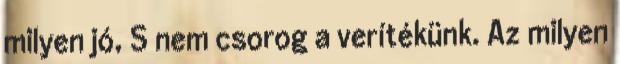
milyen jó, S nem csorog a verítékünk. Az milyen